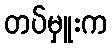
တပ်မှူးက